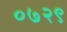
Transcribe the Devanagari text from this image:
०७२९